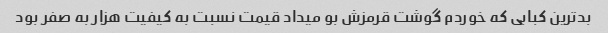
بدترین کبابی که خوردم گوشت قرمزش بو میداد قیمت نسبت به کیفیت هزار به صفر بود